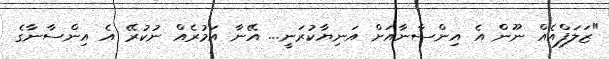
"ޒަލަފްއެއް ނޫން އެ އިންސާނާއަށް އަނިޔާކުރަނީ... އޭނާ އަމުރެއް ނުކުރޭ އެ އިންސާނާގެ